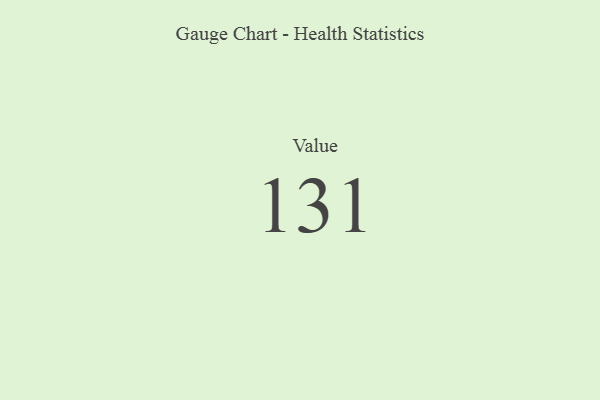
{"axis": {"x": "Metric", "y": "Value"}, "legend": [""], "data": [{"x": "Value", "y": 131, "type": ""}]}